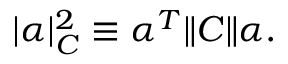
| \alpha | _ { C } ^ { 2 } \equiv \alpha ^ { T } \| C \| \alpha .